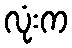
လုံးက